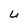
Character: U